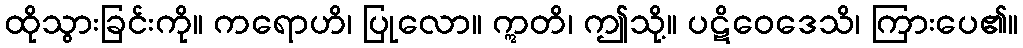
ထိုသွားခြင်းကို။ ကရောဟိ၊ ပြုလော။ ဣတိ၊ ဤသို့။ ပဋိဝေဒေသိ၊ ကြားပေ၏။